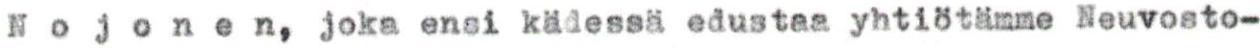
Nojonen, joka ensi kädessä edustaa yhtiötämme Neuvosto-